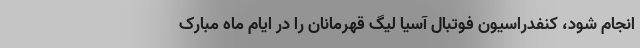
انجام شود، کنفدراسیون فوتبال آسیا لیگ قهرمانان را در ایام ماه مبارک